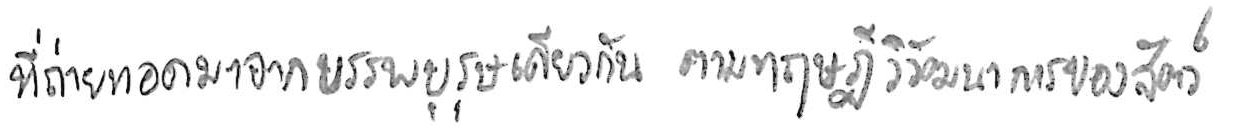
ที่ถ่ายทอดมาจากบรรพบุรุษเดียวกัน ตามทฤษฎีวิวัฒนาการของสัตว์